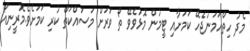
މެދު ހިތްހަމަނުޖެހޭ ކަމަށާއި ޓީމުން މޮޅުވެވޭ ތޯ ވަރަށް މަސައްކަތް ކުރި ކަމަށެވެ.މޮރީނިއޯ